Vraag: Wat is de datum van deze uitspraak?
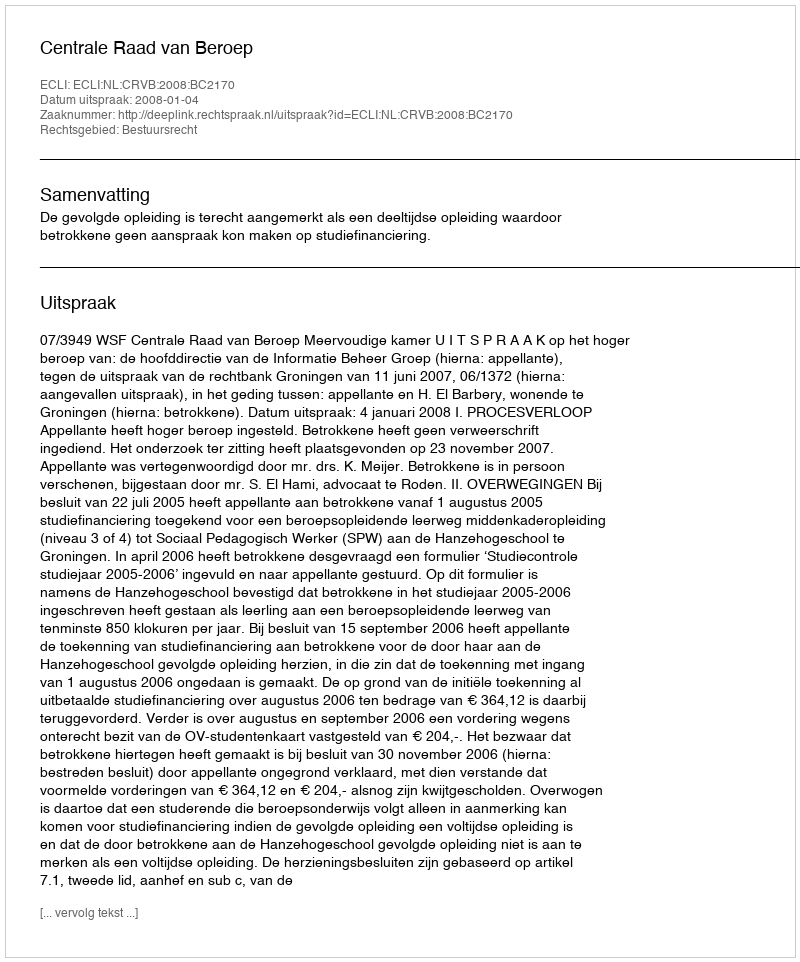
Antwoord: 2008-01-04